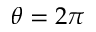
\theta = 2 \pi